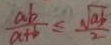
\frac { a b } { a + b } \leq \frac { \sqrt { a b } } { 2 }